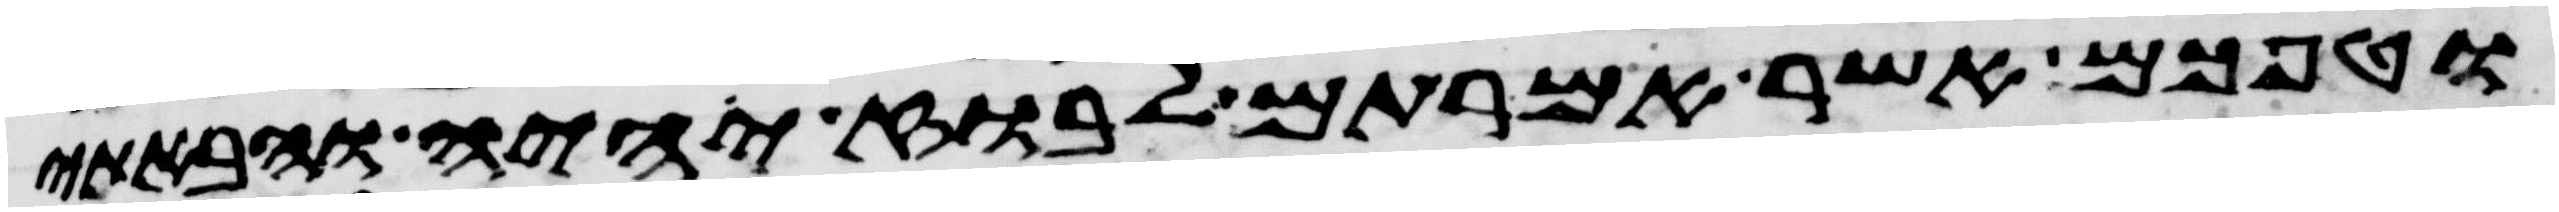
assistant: וטפכם אשר אמרתם לבוז יהיה והבאתי